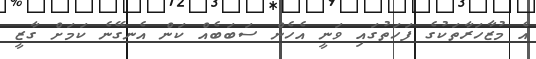
އެ މުޒާހަރާތަކުގެ ފަހަތުގައި ވަނީ އެހެން ސަބަބެއް ކަން އެނގޭނެ ކަމަށް ގާޒީ